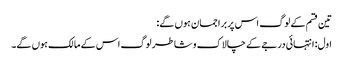
تین قسم کے لوگ اس پر براجمان ہوں گے:
اول: انتہائی درجے کے چالاک و شاطر لوگ اس کے مالک ہوں گے۔